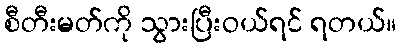
စီတီးမတ်ကို သွားပြီးဝယ်ရင် ရတယ်။